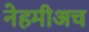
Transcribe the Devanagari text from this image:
नेहमीअच